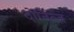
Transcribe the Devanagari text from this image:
दोनित्ज़